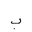
Letter: _ba